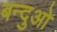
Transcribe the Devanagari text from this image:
बन्दुओ